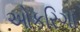
ઓકરિગા